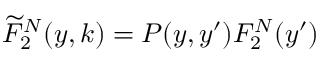
\widetilde { F } _ { 2 } ^ { N } ( y , k ) = P ( y , y ^ { \prime } ) F _ { 2 } ^ { N } ( y ^ { \prime } )